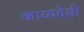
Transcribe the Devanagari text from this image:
काव्यदेवी